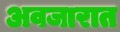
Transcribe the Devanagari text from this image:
अवजारात